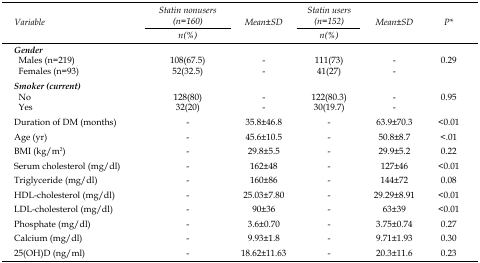
<table><thead><tr><td rowspan="3"><b>Variable</b></td><td><b>Statin nonusers (n=160)</b></td><td rowspan="3"><b>Mean±SD</b></td><td><b>Statin users (n=152)</b></td><td rowspan="3"><b>Mean±SD</b></td><td rowspan="3"><b>P*</b></td></tr><tr><td><b>n(%)</b></td><td><b>n(%)</b></td></tr></thead><tbody><tr><td><i>Gender</i></td><td>[EMPTY_CELL]</td><td>[EMPTY_CELL]</td><td>[EMPTY_CELL]</td><td>[EMPTY_CELL]</td><td>[EMPTY_CELL]</td></tr><tr><td> Males (n=219)</td><td>108(67.5)</td><td>-</td><td>111(73)</td><td>-</td><td>0.29</td></tr><tr><td> Females (n=93)</td><td>52(32.5)</td><td>-</td><td>41(27)</td><td>-</td><td>[EMPTY_CELL]</td></tr><tr><td><i>Smoker (current)</i></td><td>[EMPTY_CELL]</td><td>[EMPTY_CELL]</td><td>[EMPTY_CELL]</td><td>[EMPTY_CELL]</td><td>[EMPTY_CELL]</td></tr><tr><td> No</td><td>128(80)</td><td>-</td><td>122(80.3)</td><td>-</td><td>0.95</td></tr><tr><td> Yes</td><td>32(20)</td><td>-</td><td>30(19.7)</td><td>-</td><td>[EMPTY_CELL]</td></tr><tr><td>Duration of DM (months)</td><td>-</td><td>35.8±46.8</td><td>-</td><td>63.9±70.3</td><td>&lt;0.01</td></tr><tr><td>Age (yr)</td><td>-</td><td>45.6±10.5</td><td>-</td><td>50.8±8.7</td><td>&lt;.01</td></tr><tr><td>BMI (kg/m<sup>2</sup>)</td><td>-</td><td>29.8±5.5</td><td>-</td><td>29.9±5.2</td><td>0.22</td></tr><tr><td>Serum cholesterol (mg/dl)</td><td>-</td><td>162±48</td><td>-</td><td>127±46</td><td>&lt;0.01</td></tr><tr><td>Triglyceride (mg/dl)</td><td>-</td><td>160±86</td><td>-</td><td>144±72</td><td>0.08</td></tr><tr><td>HDL-cholesterol (mg/dl)</td><td>-</td><td>25.03±7.80</td><td>-</td><td>29.29±8.91</td><td>&lt;0.01</td></tr><tr><td>LDL-cholesterol (mg/dl)</td><td>-</td><td>90±36</td><td>-</td><td>63±39</td><td>&lt;0.01</td></tr><tr><td>Phosphate (mg/dl)</td><td>-</td><td>3.6±0.70</td><td>-</td><td>3.75±0.74</td><td>0.27</td></tr><tr><td>Calcium (mg/dl)</td><td>-</td><td>9.93±1.8</td><td>-</td><td>9.71±1.93</td><td>0.30</td></tr><tr><td>25(OH)D (ng/ml)</td><td>-</td><td>18.62±11.63</td><td>-</td><td>20.3±11.6</td><td>0.23</td></tr></tbody></table>